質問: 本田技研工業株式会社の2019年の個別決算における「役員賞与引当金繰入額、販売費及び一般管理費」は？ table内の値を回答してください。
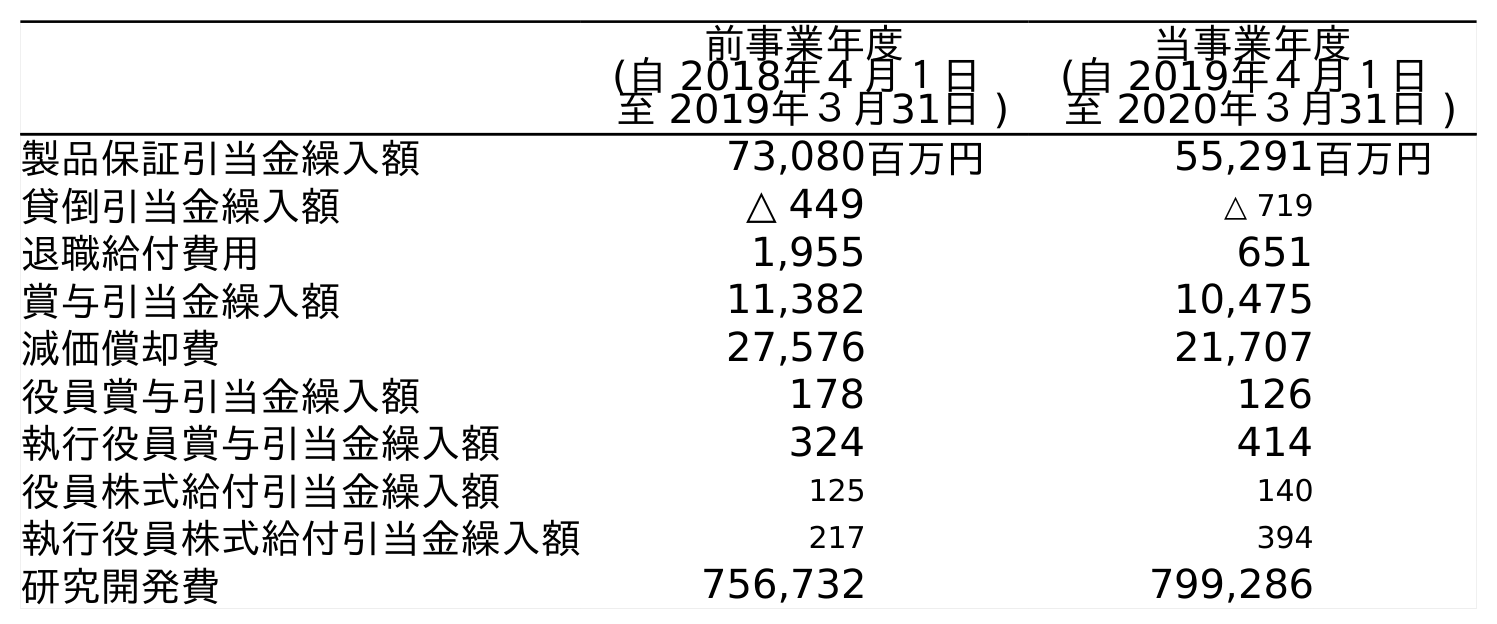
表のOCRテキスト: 前事業年度 (自 2018年４月１日 至 2019年３月31日 ) 当事業年度 (自 2019年４月１日 至 2020年３月31日 ) 製品保証引当金繰入額 73,080百万円 55,291百万円 貸倒引当金繰入額 △ 449 △ 719 退職給付費用 1,955 651 賞与引当金繰入額 11,382 10,475 減価償却費 27,576 21,707 役員賞与引当金繰入額 178 126 執行役員賞与引当金繰入額 324 414 役員株式給付引当金繰入額 125 140 執行役員株式給付引当金繰入額 217 394 研究開発費 756,732 799,286
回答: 178